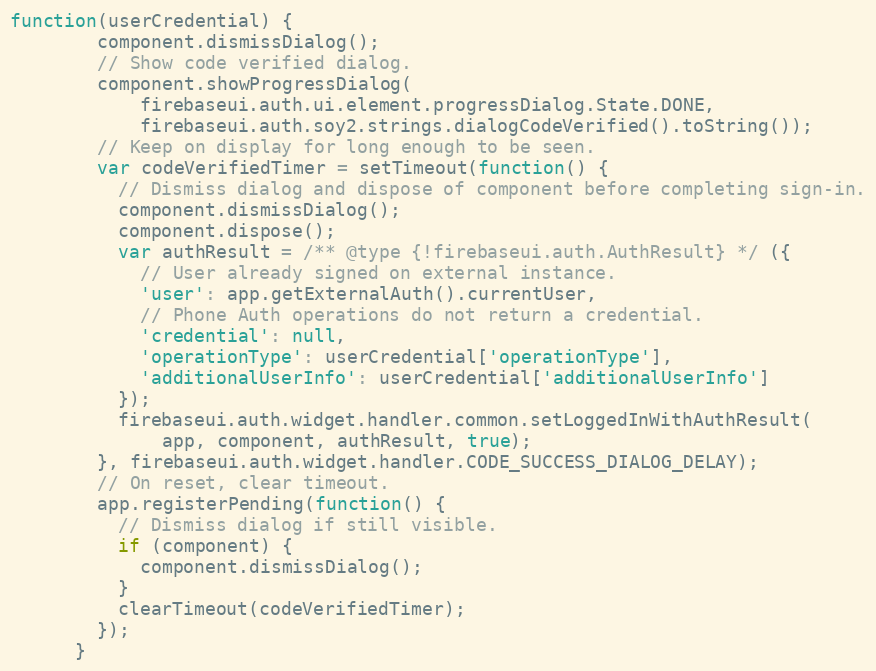
Language: JavaScript
function(userCredential) {
        component.dismissDialog();
        // Show code verified dialog.
        component.showProgressDialog(
            firebaseui.auth.ui.element.progressDialog.State.DONE,
            firebaseui.auth.soy2.strings.dialogCodeVerified().toString());
        // Keep on display for long enough to be seen.
        var codeVerifiedTimer = setTimeout(function() {
          // Dismiss dialog and dispose of component before completing sign-in.
          component.dismissDialog();
          component.dispose();
          var authResult = /** @type {!firebaseui.auth.AuthResult} */ ({
            // User already signed on external instance.
            'user': app.getExternalAuth().currentUser,
            // Phone Auth operations do not return a credential.
            'credential': null,
            'operationType': userCredential['operationType'],
            'additionalUserInfo': userCredential['additionalUserInfo']
          });
          firebaseui.auth.widget.handler.common.setLoggedInWithAuthResult(
              app, component, authResult, true);
        }, firebaseui.auth.widget.handler.CODE_SUCCESS_DIALOG_DELAY);
        // On reset, clear timeout.
        app.registerPending(function() {
          // Dismiss dialog if still visible.
          if (component) {
            component.dismissDialog();
          }
          clearTimeout(codeVerifiedTimer);
        });
      }